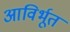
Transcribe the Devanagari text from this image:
आविर्भूतं